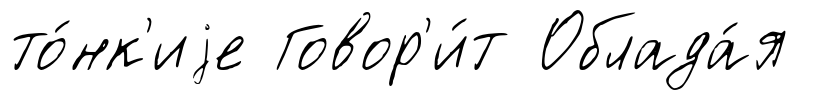
то́нк'иjе Говор'и́т Облада́я